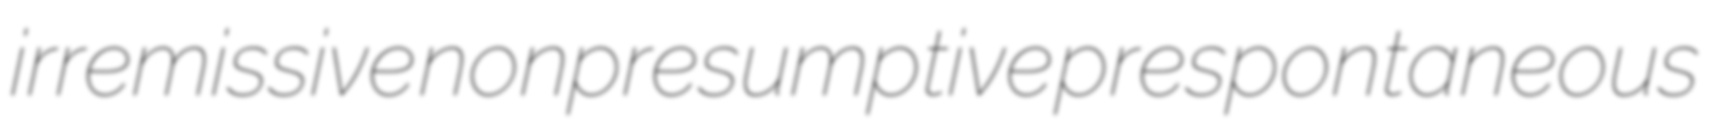
irremissive nonpresumptive prespontaneous